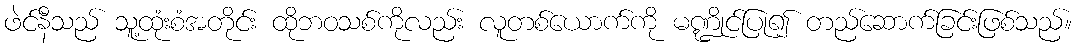
ဖဲင်နီသည် သူ့ထုံးစံအတိုင်း ထိုဘဝသစ်ကိုလည်း လူတစ်ယောက်ကို မဏ္ဍိုင်ပြု၍ တည်ဆောက်ခြင်းဖြစ်သည်။